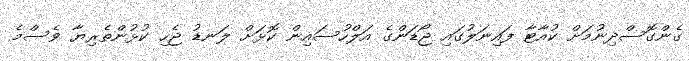
ގެންގޮސްދިނުމަށް ކުއާޓާ ފައިނަލުގައި ޖޯޑަންގެ އަލްހުސައިން ކޮޅަށް ލަނޑު ޖެހި ކުޅުންތެރިޔާ ވެސްމެ